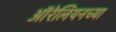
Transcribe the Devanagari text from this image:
ऑरेलियनच्या